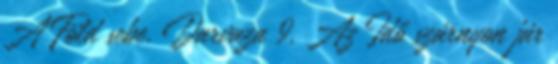
A Föld sebe, Darvaza 9. Az Idő szárnyon jár